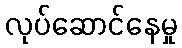
လုပ်ဆောင်နေမှု